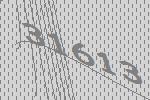
31613